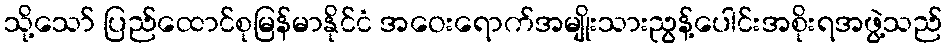
သို့သော် ပြည်ထောင်စုမြန်မာနိုင်ငံ အဝေးရောက်အမျိုးသားညွန့်ပေါင်းအစိုးရအဖွဲ့သည်